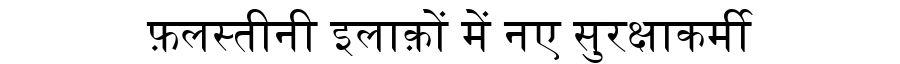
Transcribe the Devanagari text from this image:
फ़लस्तीनी इलाक़ों में नए सुरक्षाकर्मी